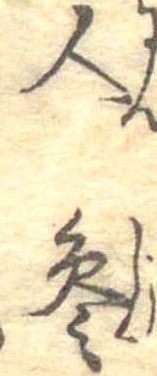
人参